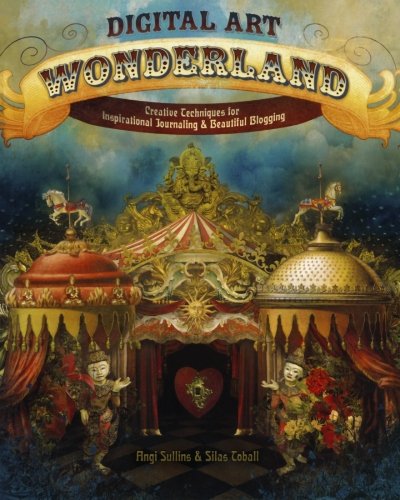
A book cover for Digital Art Wonderland: Creative Techniques for Inspirational Journaling and Beautiful Blogging; Angi Sullins; Computers & Technology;